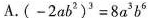
A. (-2ab^{2})^{3}=8a^{3}b^{3}